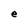
Character: e